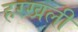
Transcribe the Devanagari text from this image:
हरखली